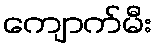
ကျောက်မီး